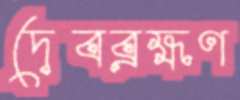
দেবব্রহ্মণ